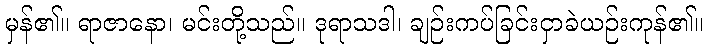
မှန်၏။ ရာဇာနော၊ မင်းတို့သည်။ ဒုရာသဒါ၊ ချဉ်းကပ်ခြင်းငှာခဲယဉ်းကုန်၏။